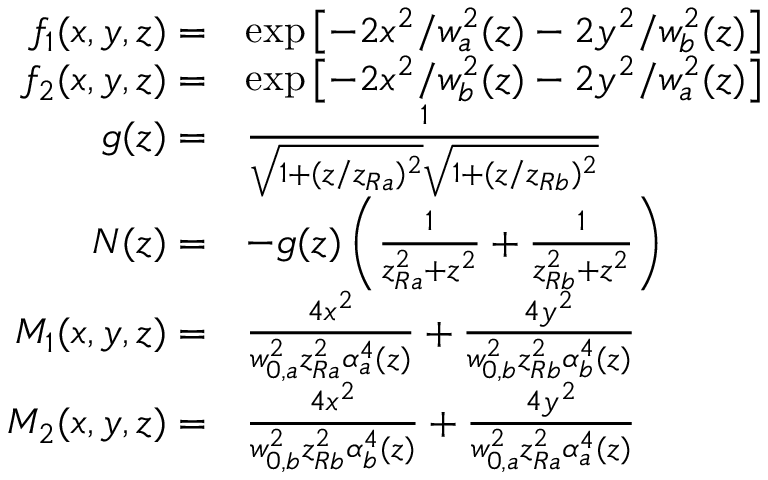
\begin{array} { r l } { f _ { 1 } ( x , y , z ) = } & { \exp \left[ - 2 x ^ { 2 } / w _ { a } ^ { 2 } ( z ) - 2 y ^ { 2 } / w _ { b } ^ { 2 } ( z ) \right] } \\ { f _ { 2 } ( x , y , z ) = } & { \exp \left[ - 2 x ^ { 2 } / w _ { b } ^ { 2 } ( z ) - 2 y ^ { 2 } / w _ { a } ^ { 2 } ( z ) \right] } \\ { g ( z ) = } & { \frac { 1 } { \sqrt { 1 + ( z / z _ { R a } ) ^ { 2 } } \sqrt { 1 + ( z / z _ { R b } ) ^ { 2 } } } } \\ { N ( z ) = } & { - g ( z ) \left( \frac { 1 } { z _ { R a } ^ { 2 } + z ^ { 2 } } + \frac { 1 } { z _ { R b } ^ { 2 } + z ^ { 2 } } \right) } \\ { M _ { 1 } ( x , y , z ) = } & { \frac { 4 x ^ { 2 } } { w _ { 0 , a } ^ { 2 } z _ { R a } ^ { 2 } \alpha _ { a } ^ { 4 } ( z ) } + \frac { 4 y ^ { 2 } } { w _ { 0 , b } ^ { 2 } z _ { R b } ^ { 2 } \alpha _ { b } ^ { 4 } ( z ) } } \\ { M _ { 2 } ( x , y , z ) = } & { \frac { 4 x ^ { 2 } } { w _ { 0 , b } ^ { 2 } z _ { R b } ^ { 2 } \alpha _ { b } ^ { 4 } ( z ) } + \frac { 4 y ^ { 2 } } { w _ { 0 , a } ^ { 2 } z _ { R a } ^ { 2 } \alpha _ { a } ^ { 4 } ( z ) } } \end{array}